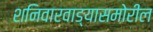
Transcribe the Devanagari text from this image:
शनिवारवाड्यासमोरील